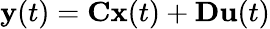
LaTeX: \mathbf{y}(t)=\mathbf{C}\mathbf{x}(t)+\mathbf{D}\mathbf{u}(t)